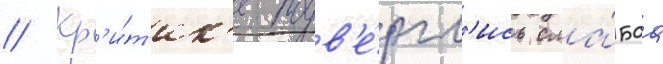
// Кр'и́т'ик'е подв'е́ргл'ись сла́баа